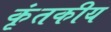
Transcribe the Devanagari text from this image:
कृंतकीय